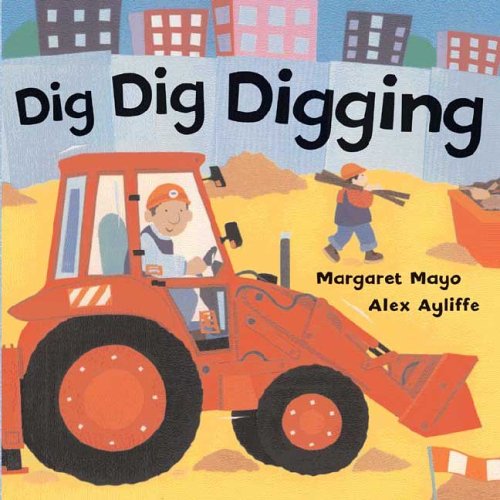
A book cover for Dig Dig Digging; Margaret Mayo; Children's Books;